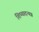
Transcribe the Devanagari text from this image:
शिष्यादन्यत्र